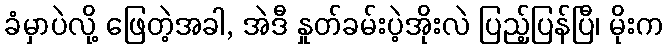
ခံမှာပဲလို့ ဖြေတဲ့အခါ, အဲဒီ နှုတ်ခမ်းပဲ့အိုးလဲ ပြည့်ပြန်ပြီ၊ မိုးက